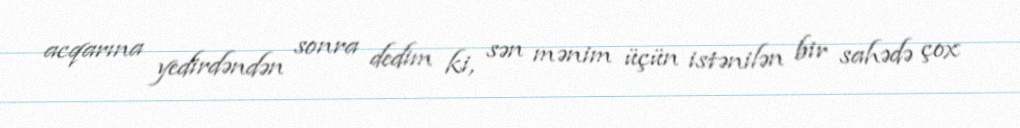
acqarına yedirdəndən sonra dedim ki, sən mənim üçün istənilən bir sahədə çox